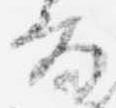
音